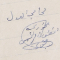
محامي العدل الخوري انطون